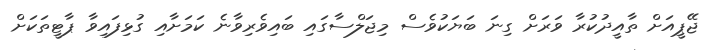
ޖޭޕީއަށް ތާއީދުކުރާ ވަރަށް ގިނަ ބަޔަކުވެސް މިޖަލްސާގައި ބައިވެރިވާނެ ކަމަށާއި ގުޅިފައިވާ ޕާޓީތަަކަށް